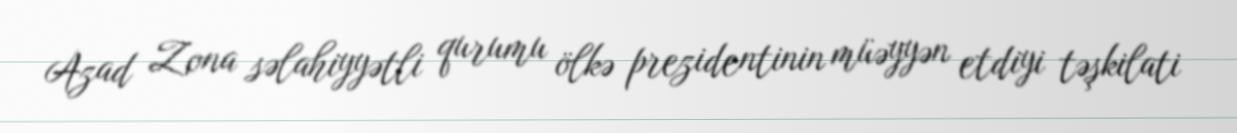
Azad Zona səlahiyyətli qurumu ölkə prezidentinin müəyyən etdiyi təşkilati